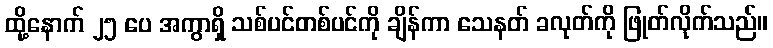
ထို့နောက် ၂၅ ပေ အကွာရှိ သစ်ပင်တစ်ပင်ကို ချိန်ကာ သေနတ် ခလုတ်ကို ဖြုတ်လိုက်သည်။